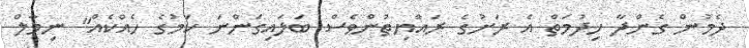
ދެމުން ގެންދާ ޚިދުމަތް އެ ރަށުގެ ރައްޔިތުންވެސް ބަލައިގަންނަ ކަމުގެ ހެއްކެއް" ނިމާލް